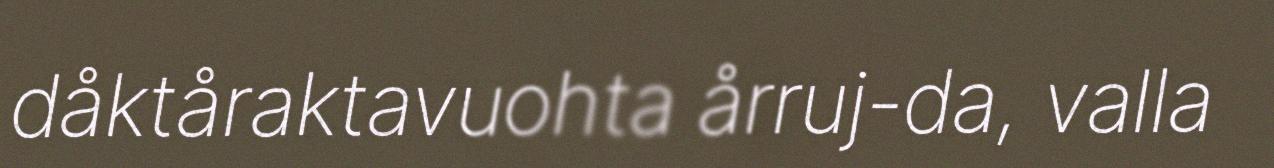
dåktåraktavuohta årruj-da, valla